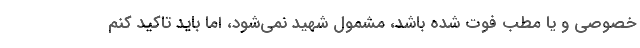
خصوصی و یا مطب فوت شده باشد، مشمول شهید نمی‌شود، اما باید تاکید کنم